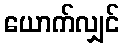
ယောက်လျှင်